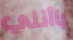
باأنني